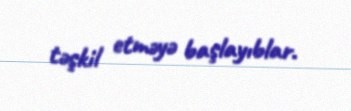
təşkil etməyə başlayıblar.